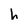
Character: h